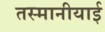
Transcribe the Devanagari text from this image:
तस्मानीयाई